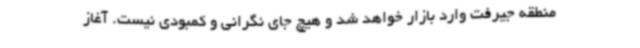
منطقه جیرفت وارد بازار خواهد شد و هیچ جای نگرانی و کمبودی نیست. آغاز